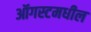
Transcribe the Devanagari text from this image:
ऑगस्टमधील